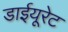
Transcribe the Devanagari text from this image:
डाईयूरेट